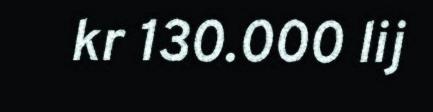
kr 130.000 lij